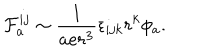
{ \cal F } _ { a } ^ { i j } \sim \frac { 1 } { a e r ^ { 3 } } \epsilon _ { i j k } r ^ { k } \phi _ { a } .